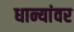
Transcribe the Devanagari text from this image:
धान्यांवर